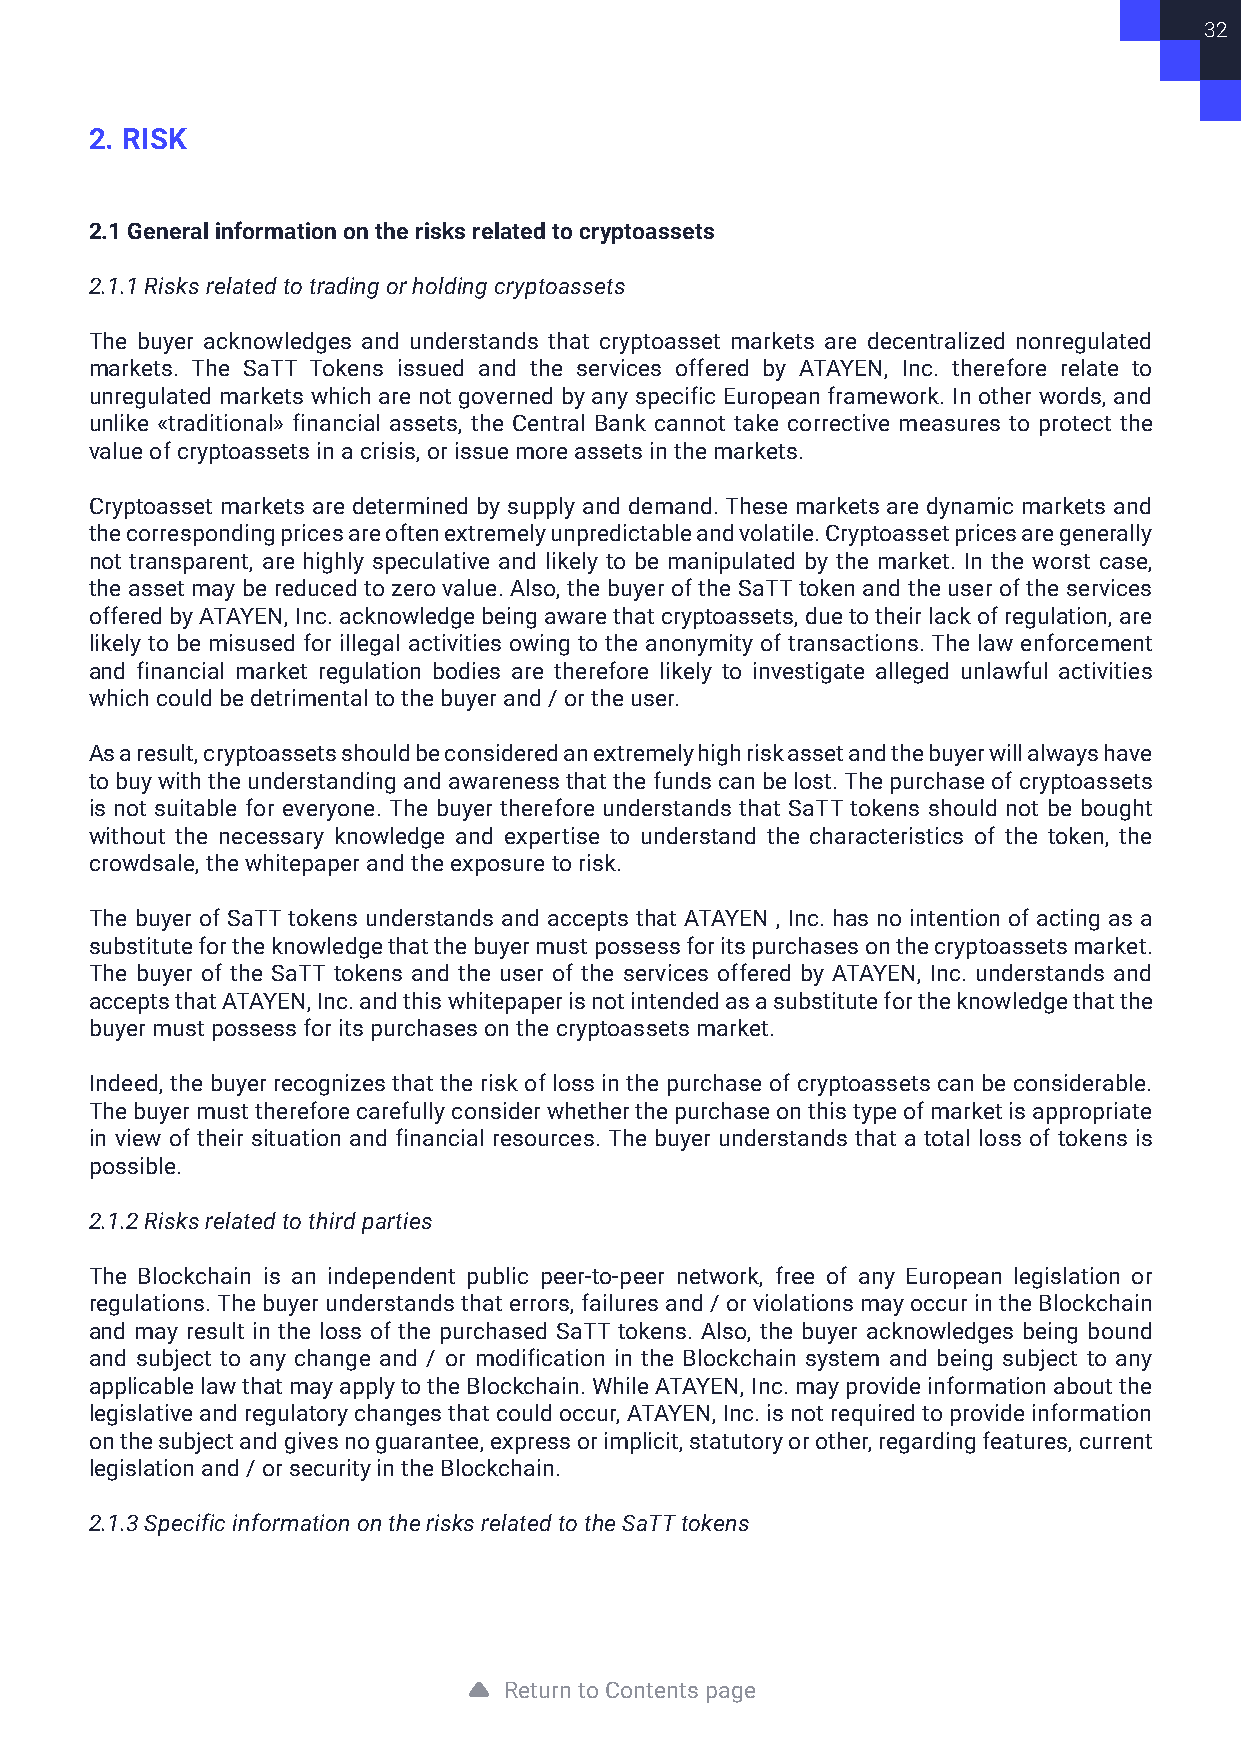
32
 2. RISK
 2.1 General information on the risks related to cryptoassets
 2.1.1 Risks related to trading or holding cryptoassets
 The buyer acknowledges and understands that cryptoasset markets are decentralized nonregulated
 markets. The SaTT Tokens issued and the services offered by ATAYEN, Inc. therefore relate to
 unregulated markets which are not governed by any specific European framework. In other words, and
 unlike «traditional» financial assets, the Central Bank cannot take corrective measures to protect the
 value of cryptoassets in a crisis, or issue more assets in the markets.
 Cryptoasset markets are determined by supply and demand. These markets are dynamic markets and
 the corresponding prices are often extremely unpredictable and volatile. Cryptoasset prices are generally
 not transparent, are highly speculative and likely to be manipulated by the market. In the worst case,
 the asset may be reduced to zero value. Also, the buyer of the SaTT token and the user of the services
 offered by ATAYEN, Inc. acknowledge being aware that cryptoassets, due to their lack of regulation, are
 likely to be misused for illegal activities owing to the anonymity of transactions. The law enforcement
 and financial market regulation bodies are therefore likely to investigate alleged unlawful activities
 which could be detrimental to the buyer and / or the user.
 As a result, cryptoassets should be considered an extremely high risk asset and the buyer will always have
 to buy with the understanding and awareness that the funds can be lost. The purchase of cryptoassets
 is not suitable for everyone. The buyer therefore understands that SaTT tokens should not be bought
 without the necessary knowledge and expertise to understand the characteristics of the token, the
 crowdsale, the whitepaper and the exposure to risk.
 The buyer of SaTT tokens understands and accepts that ATAYEN , Inc. has no intention of acting as a
 substitute for the knowledge that the buyer must possess for its purchases on the cryptoassets market.
 The buyer of the SaTT tokens and the user of the services offered by ATAYEN, Inc. understands and
 accepts that ATAYEN, Inc. and this whitepaper is not intended as a substitute for the knowledge that the
 buyer must possess for its purchases on the cryptoassets market.
 Indeed, the buyer recognizes that the risk of loss in the purchase of cryptoassets can be considerable.
 The buyer must therefore carefully consider whether the purchase on this type of market is appropriate
 in view of their situation and financial resources. The buyer understands that a total loss of tokens is
 possible.
 2.1.2 Risks related to third parties
 The Blockchain is an independent public peer-to-peer network, free of any European legislation or
 regulations. The buyer understands that errors, failures and / or violations may occur in the Blockchain
 and may result in the loss of the purchased SaTT tokens. Also, the buyer acknowledges being bound
 and subject to any change and / or modification in the Blockchain system and being subject to any
 applicable law that may apply to the Blockchain. While ATAYEN, Inc. may provide information about the
 legislative and regulatory changes that could occur, ATAYEN, Inc. is not required to provide information
 on the subject and gives no guarantee, express or implicit, statutory or other, regarding features, current
 legislation and / or security in the Blockchain.
 2.1.3 Specific information on the risks related to the SaTT tokens
 Return to Contents page